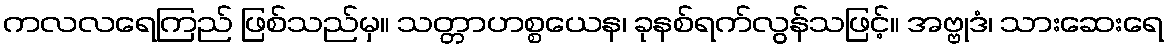
ကလလရေကြည် ဖြစ်သည်မှ။ သတ္တာဟစ္စယေန၊ ခုနစ်ရက်လွန်သဖြင့်။ အဗ္ဗုဒံ၊ သားဆေးရေ